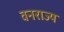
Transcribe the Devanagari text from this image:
वनराज्य